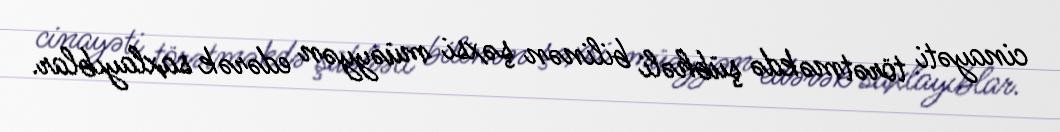
cinayəti törətməkdə şübhəli bilinən şəxsi müəyyən edərək saxlayıblar.